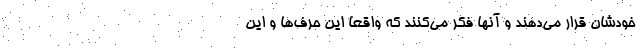
خودشان قرار می‌دهند و آنها فکر می‌کنند که واقعا این حرف‌ها و این